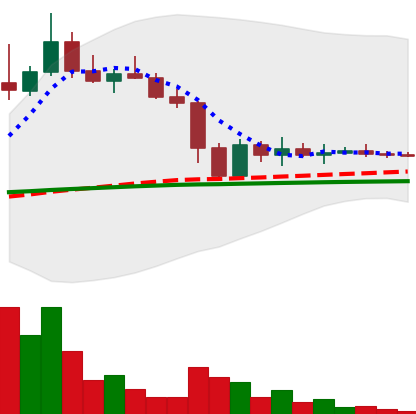
Ticker: DOGE-USD
Chart end date: 2022-11-18
Forward return: -3.408%
Label: down_3_5